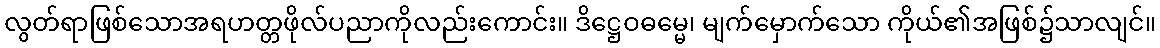
လွတ်ရာဖြစ်သောအရဟတ္တဖိုလ်ပညာကိုလည်းကောင်း။ ဒိဋ္ဌေဝဓမ္မေ၊ မျက်မှောက်သော ကိုယ်၏အဖြစ်၌သာလျင်။